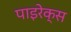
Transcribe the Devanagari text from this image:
पाइरेक्स